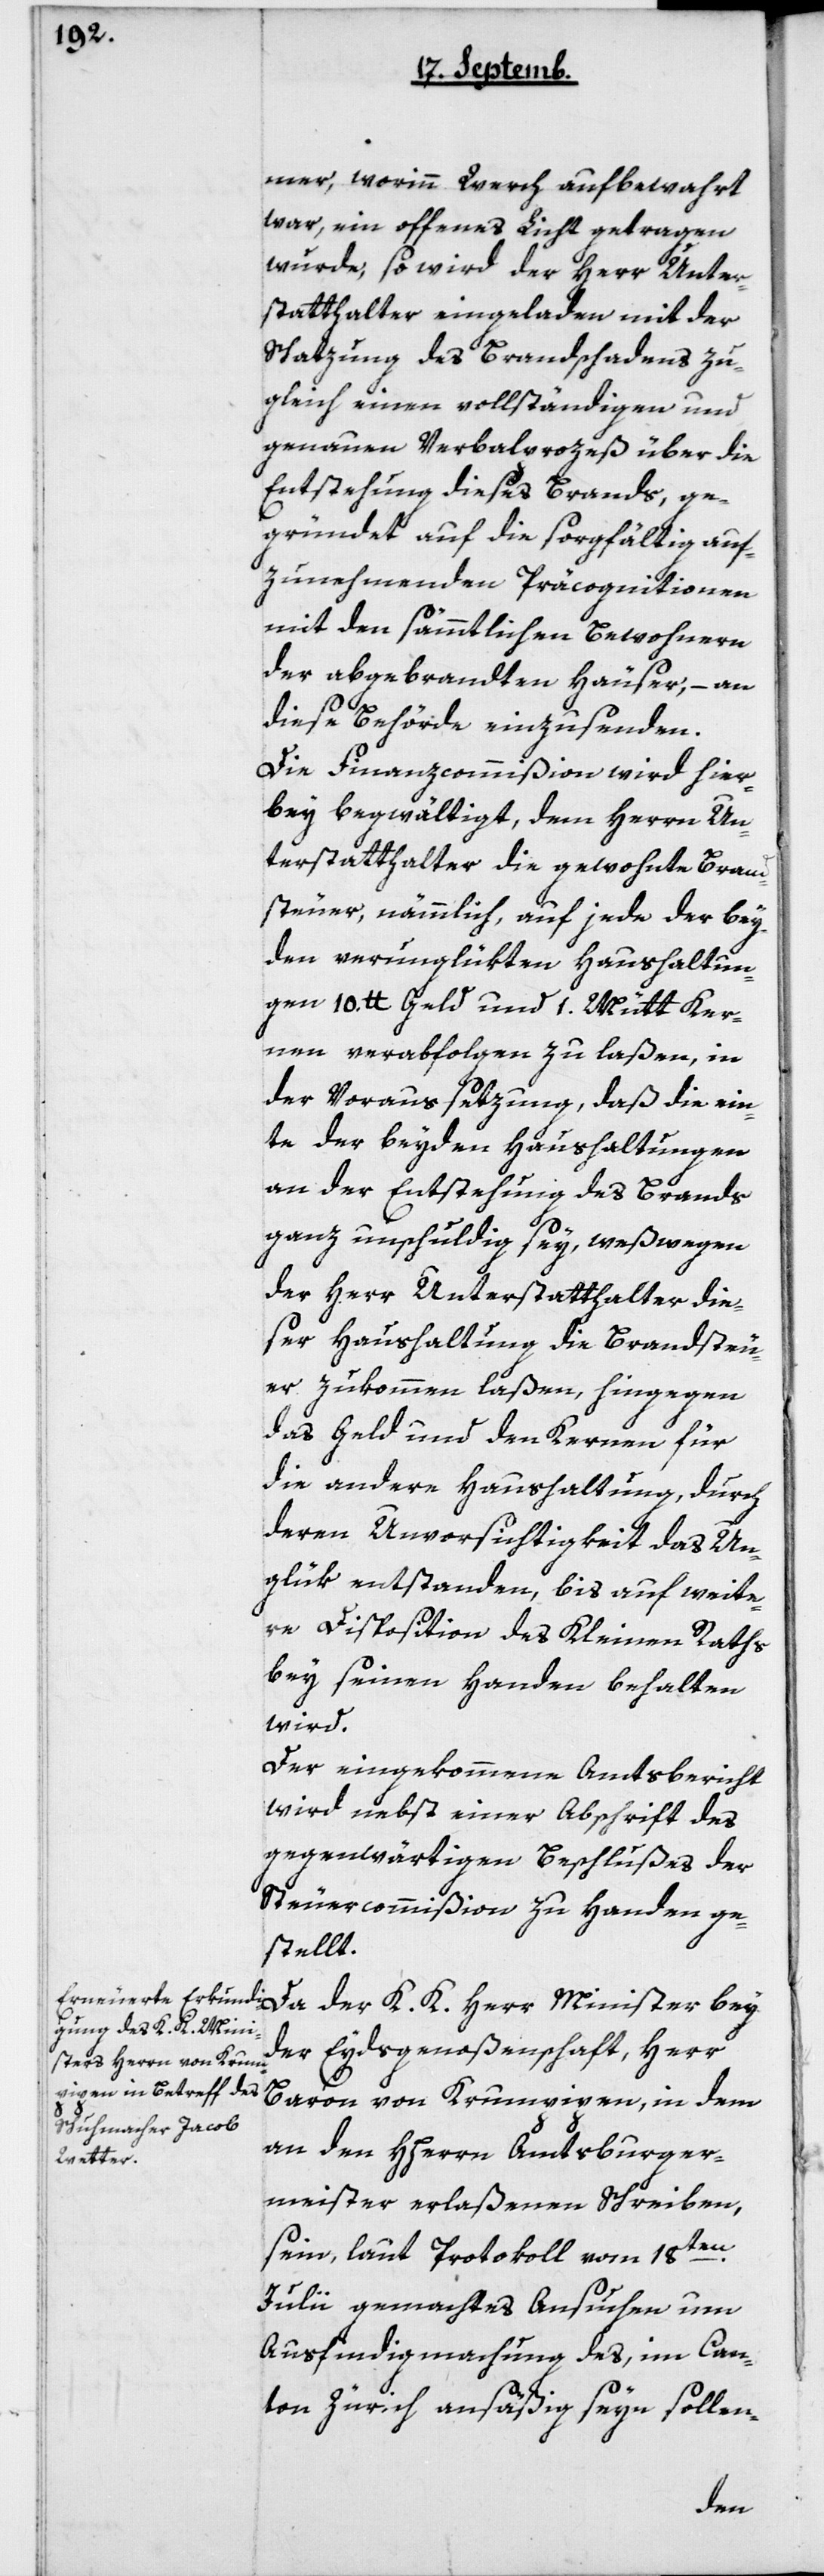
mer, worinn Werch aufbewahrt
war, ein offenes Licht getragen
wurde, so wird der Herr Unter¬
statthalter eingeladen mit der
Schatzung des Brandschadens zu¬
gleich einen vollständigen und
genauen Verbalprozeß über die
Entstehung dieses Brands, ge¬
gründet auf die sorgfältig auf¬
zunehmenden Präcognitionen
mit den sämtlichen Bewohnern
der abgebrannten Häuser; an
diese Behörde einzusenden.
Die Finanzcommißion wird hier¬
bey begwältigt, dem Herrn Un¬
terstatthalter die gewohnte Brand¬
steuer, nämmlich auf jede der bey¬
den verunglükten Haushaltun¬
gen 10 Pfund Geld und 1 Mütt Ker¬
nen verabfolgen zu laßen, in
der Voraussetzung, daß die ein¬
te der beyden Haushaltungen
an der Entstehung des Brands
ganz unschuldig sey, weswegen
der Herr Unterstatthalter die¬
ser Haushaltung die Brandsteu¬
er zukommen laßen, hingegen
das Geld und den Kernen für
die andere Haushaltung, durch
deren Unvorsichtigkeit das Un¬
glük entstanden, bis auf weite¬
re Disposition des Kleinen Raths
bey seinen Handen behalten
wird.
Der eingekommene Amtsbericht
wird nebst einer Abschrift des
gegenwärtigen Beschlußes der
Steuercommißion zu Handen ge¬
stellt.
Da der K.K. Herr Minister bey
der Eydsgenoßenschaft, Herr
Baron von Krumpipen, in dem
an den HHerrn Amtsburger¬
meister erlaßenen Schreiben,
sein, laut Protokoll vom 18ten
Julii gemachtes Ansuchen um
Ausfindigmachung des, im Can¬
ton Zürich ansäßig sein sollen-